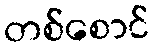
တစ်စောင်